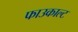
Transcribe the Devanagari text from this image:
फाउकाल्ट